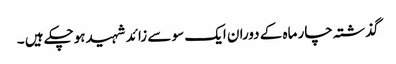
گذشتہ چار ماہ کے دوران ایک سو سے زائد شہیدہوچکے ہیں ۔